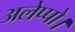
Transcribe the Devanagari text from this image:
अलेप्पो।